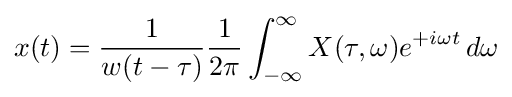
x(t)={\frac {1}{w(t-\tau )}}{\frac {1}{2\pi }}\int _{-\infty }^{\infty }X(\tau ,\omega )e^{+i\omega t}\,d\omega